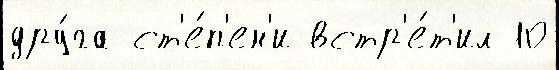
дру́га ст'е́п'ен'и встр'е́т'ил 10